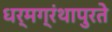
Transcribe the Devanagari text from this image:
धर्मग्रंथापुरते